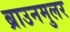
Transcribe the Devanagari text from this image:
ब्राउनमुलर